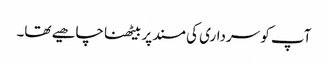
آپ کو سرداری کی مسند پر بیٹھنا چاھیے تھا۔